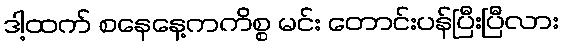
ဒါ့ထက် စနေနေ့ကကိစ္စ မင်း တောင်းပန်ပြီးပြီလား